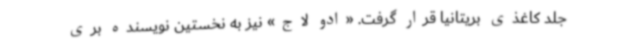
جلد کاغذی بریتانیا قرار گرفت. «ادو لاج» نیز به نخستین نویسنده بری